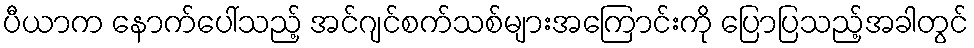
ပီယာက နောက်ပေါ်သည့် အင်ဂျင်စက်သစ်များအကြောင်းကို ပြောပြသည့်အခါတွင်